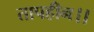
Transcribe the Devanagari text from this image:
तापहीन।।